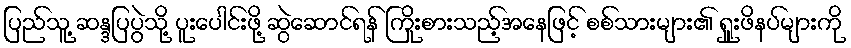
ပြည်သူ့ ဆန္ဒပြပွဲသို့ ပူးပေါင်းဖို့ ဆွဲဆောင်ရန် ကြိုးစားသည့်အနေဖြင့် စစ်သားများ၏ ရှူးဖိနပ်များကို